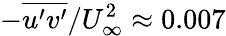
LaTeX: -\overline{{u^{\prime}v^{\prime}}}/U_{\infty}^{2}\approx 0.007